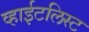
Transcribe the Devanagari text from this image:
व्हाईटलिस्ट